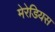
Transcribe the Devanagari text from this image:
मेरेडियस